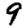
Digit: 9